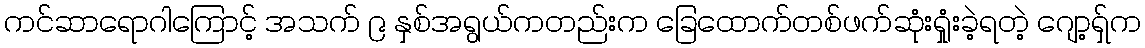
ကင်ဆာရောဂါကြောင့် အသက် ၉ နှစ်အရွယ်ကတည်းက ခြေထောက်တစ်ဖက်ဆုံးရှုံးခဲ့ရတဲ့ ဂျော့ရှ်က